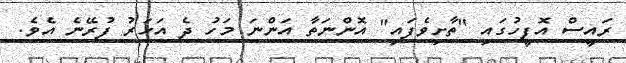
ރައީސް އޮފީހުގައި "ތާށިވެފައި" އޮންނަތާ އަންނަ މަހު ދެ އަހަރު ފުރޭނެ އެވެ.